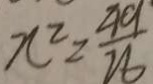
x ^ { 2 } = \frac { 4 9 } { 2 6 }